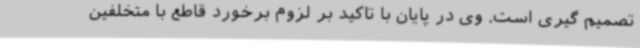
تصمیم گیری است. وی در پایان با تاکید بر لزوم برخورد قاطع با متخلفین